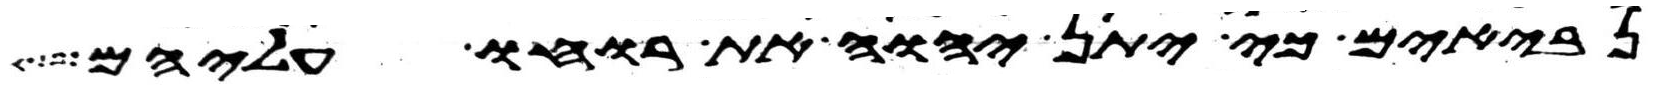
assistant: נביאים כי יתן יהוה את רוחו עליהם